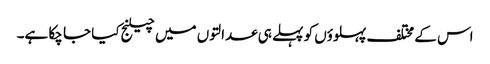
اس کے مختلف پہلوؤں کو پہلے ہی عدالتوں میں چیلنج کیا جا چکا ہے۔